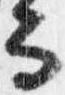
而